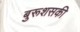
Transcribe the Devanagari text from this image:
बुरूशसकी